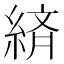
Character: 緕